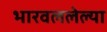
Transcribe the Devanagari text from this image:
भारवललेल्या